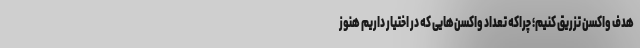
هدف واکسن تزریق کنیم؛ چراکه تعداد واکسن‌هایی که در اختیار داریم هنوز